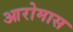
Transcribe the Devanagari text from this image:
आरोमास